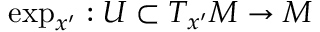
\exp _ { x ^ { \prime } } : U \subset T _ { x ^ { \prime } } M \rightarrow M